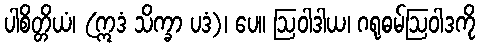
ပါစိတ္တိယံ၊ (ဣဒံ သိက္ခာ ပဒံ)၊ ပေ။ ဩဝါဒါယ၊ ဂရုဓမ်ဩဝါဒကို